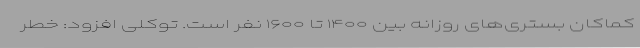
کماکان بستری‌های روزانه بین ۱۴۰۰ تا ۱۶۰۰ نفر است. توکلی افزود: خطر